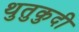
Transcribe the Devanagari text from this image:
थुतुकुदी